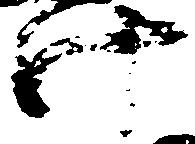
け